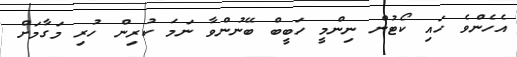
އެހެންވެ ހައި ކޯޓުން ނިންމީ ހަބީބް ބޭނުންވާ ނަމަ ކުރިން ހުރި މަގާމަށް